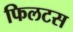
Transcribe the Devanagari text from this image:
फिलटस